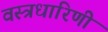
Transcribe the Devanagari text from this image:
वस्त्रधारिणी